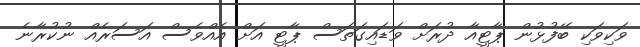
ވަކިވަކި ބޭފުޅުން ޕާޓީއާ ދުރަށް ވަޑައިގަތަސް ޕާޓީ އަށް އެއްވެސް އަސަރެއް ނުކުރާނެ